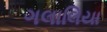
ગલાલિયા